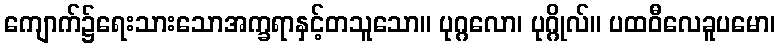
ကျောက်၌ရေးသားသောအက္ခရာနှင့်တသူသော။ ပုဂ္ဂလော၊ ပုဂ္ဂိုလ်။ ပထဝီလေခူပမော၊